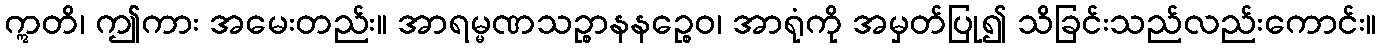
ဣတိ၊ ဤကား အမေးတည်း။ အာရမ္မဏသဉ္စာနနဉ္စေဝ၊ အာရုံကို အမှတ်ပြု၍ သိခြင်းသည်လည်းကောင်း။